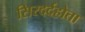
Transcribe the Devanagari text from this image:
सिरदर्दहोता